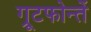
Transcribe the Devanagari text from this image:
ग्रूटफोन्तें